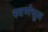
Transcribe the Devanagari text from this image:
स्वर्णधूल